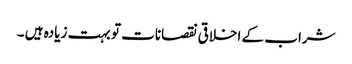
شراب کے اخلاقی نقصانات تو بہت زیادہ ہیں ۔